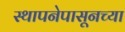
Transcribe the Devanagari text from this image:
स्थापनेपासूनच्या